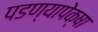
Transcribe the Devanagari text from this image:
पडण्यापेक्षा